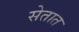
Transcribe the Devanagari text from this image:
सेतात